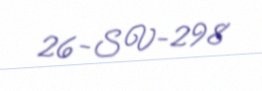
26-SV-298